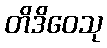
တိဒိဝေသု